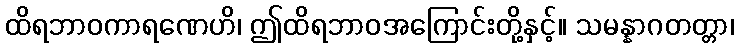
ထိရဘာဝကာရဏေဟိ၊ ဤထိရဘာဝအကြောင်းတို့နှင့်။ သမန္နာဂတတ္တာ၊